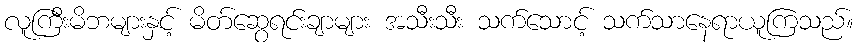
လူကြီးမိဘများနှင့် မိတ်ဆွေရင်းချာများ အသီးသီး သက်သောင့် သက်သာနေရာယူကြသည်။